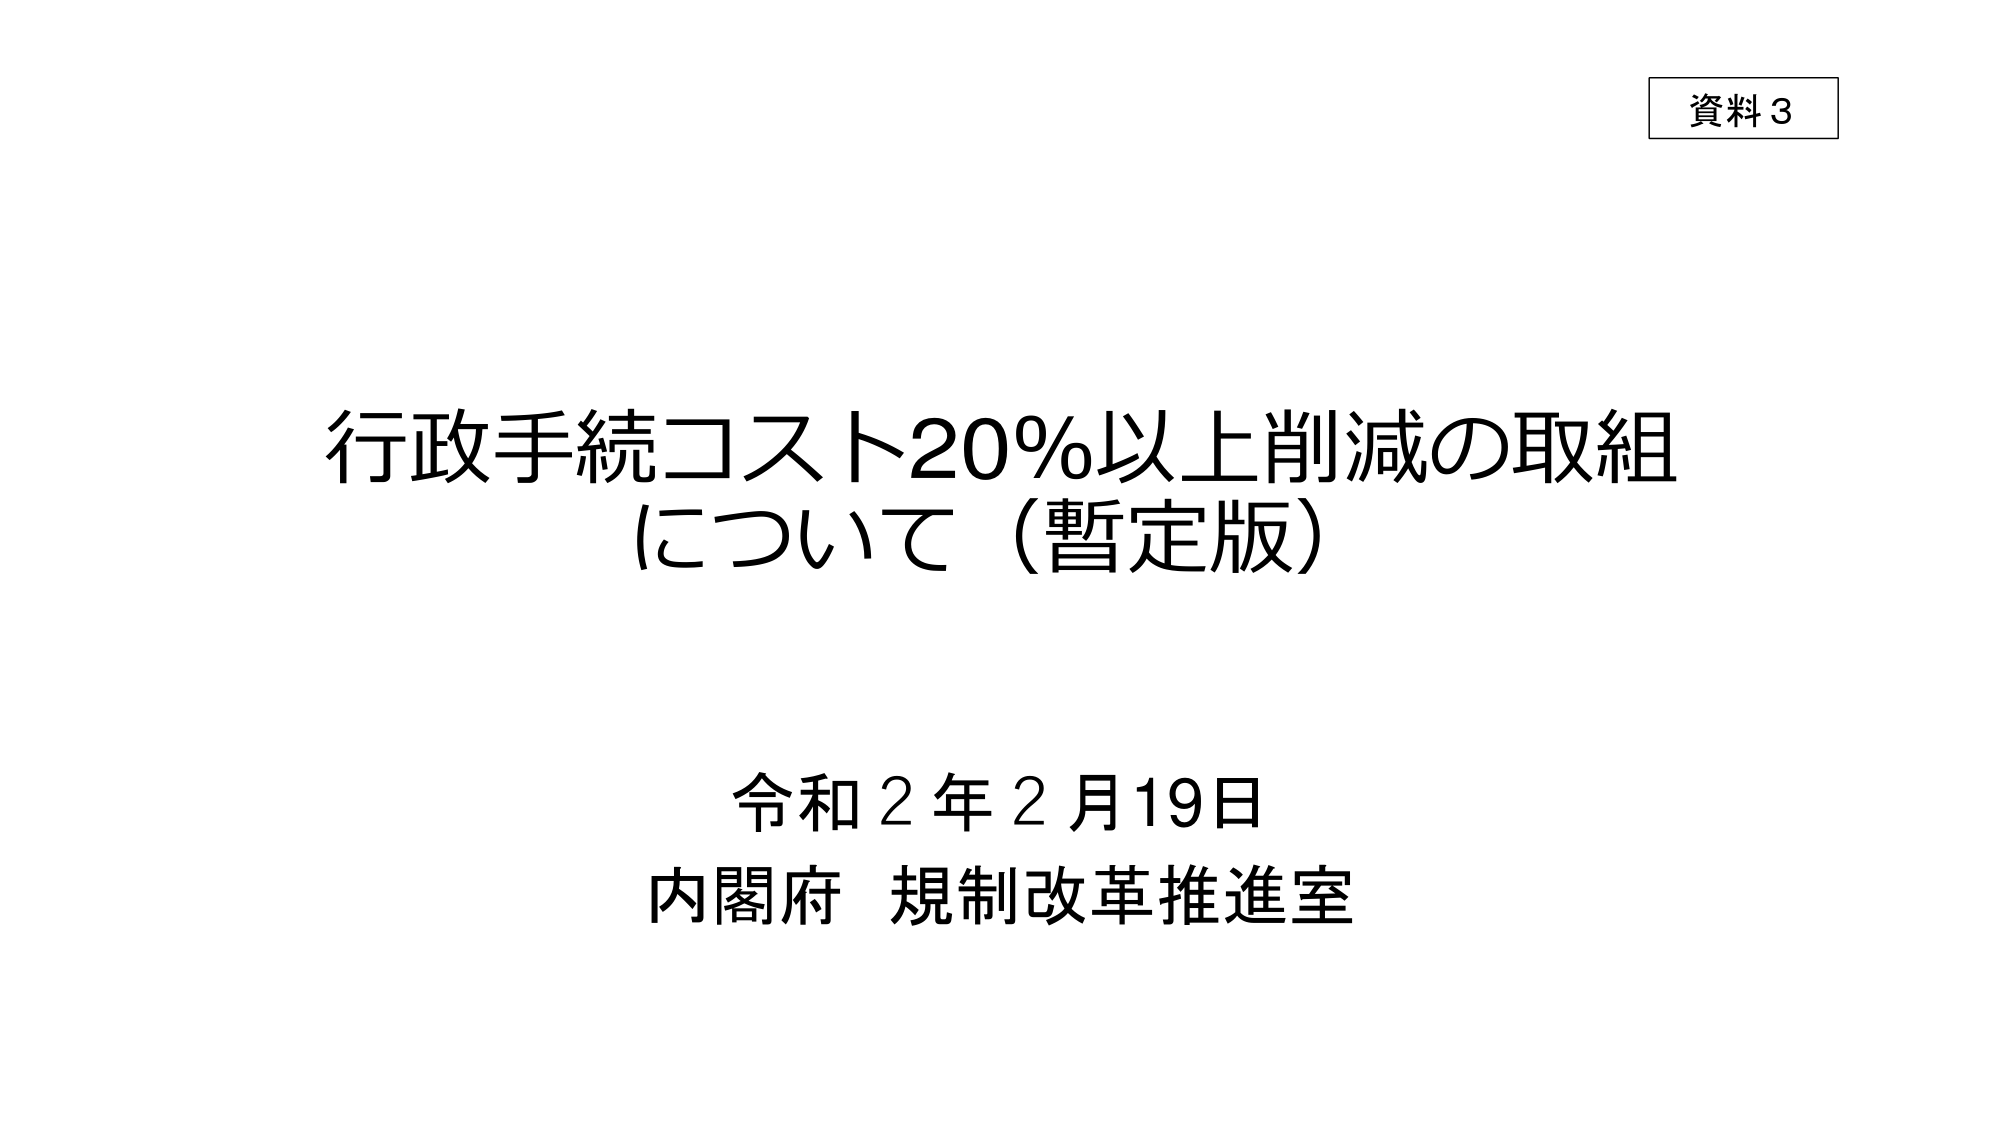
資料3

行政手続コスト20%以上削減の取組
について（暫定版）

令和2年2月19日
内閣府 規制改革推進室